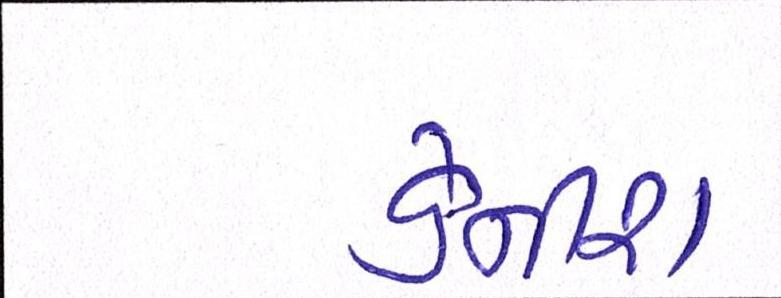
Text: ડેનીશ